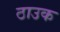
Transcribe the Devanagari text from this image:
ठाउक